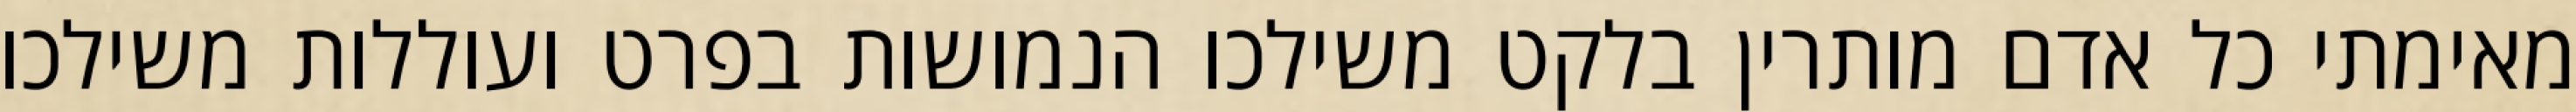
מאימתי כל אדם מותרין בלקט משילכו הנמושות בפרט ועוללות משילכו